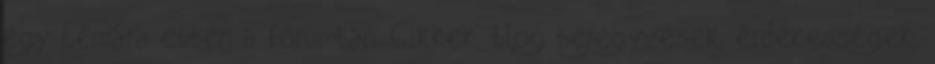
egy témára ebben a fórumban. Cikkek, blog bejegyzések, érdekességek,